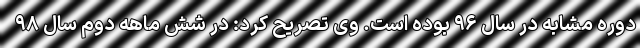
دوره مشابه در سال ۹۶ بوده است. وی تصریح کرد: در شش ماهه دوم سال ۹۸